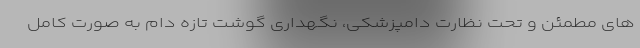
های مطمئن و تحت نظارت دامپزشکی، نگهداری گوشت تازه دام به صورت کامل